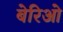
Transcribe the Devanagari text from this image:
बेरिओ